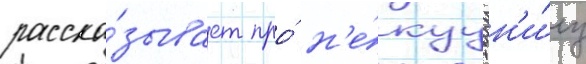
расска́зывает про́ н'е́куу кн'и́гу